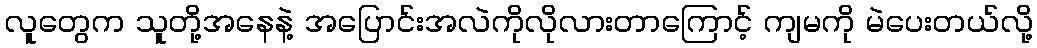
လူတွေက သူတို့အနေနဲ့ အပြောင်းအလဲကိုလိုလားတာကြောင့် ကျမကို မဲပေးတယ်လို့